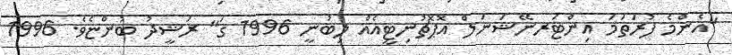
"އެންމެ ފުރަތަމަ އިންޓަރނޭޝަނަލް އޮޕޮޗުނިޓީއެއް ލިބުނީ 1996 ގަ" ރަޝީދު ބުންޏެވެ. 1996